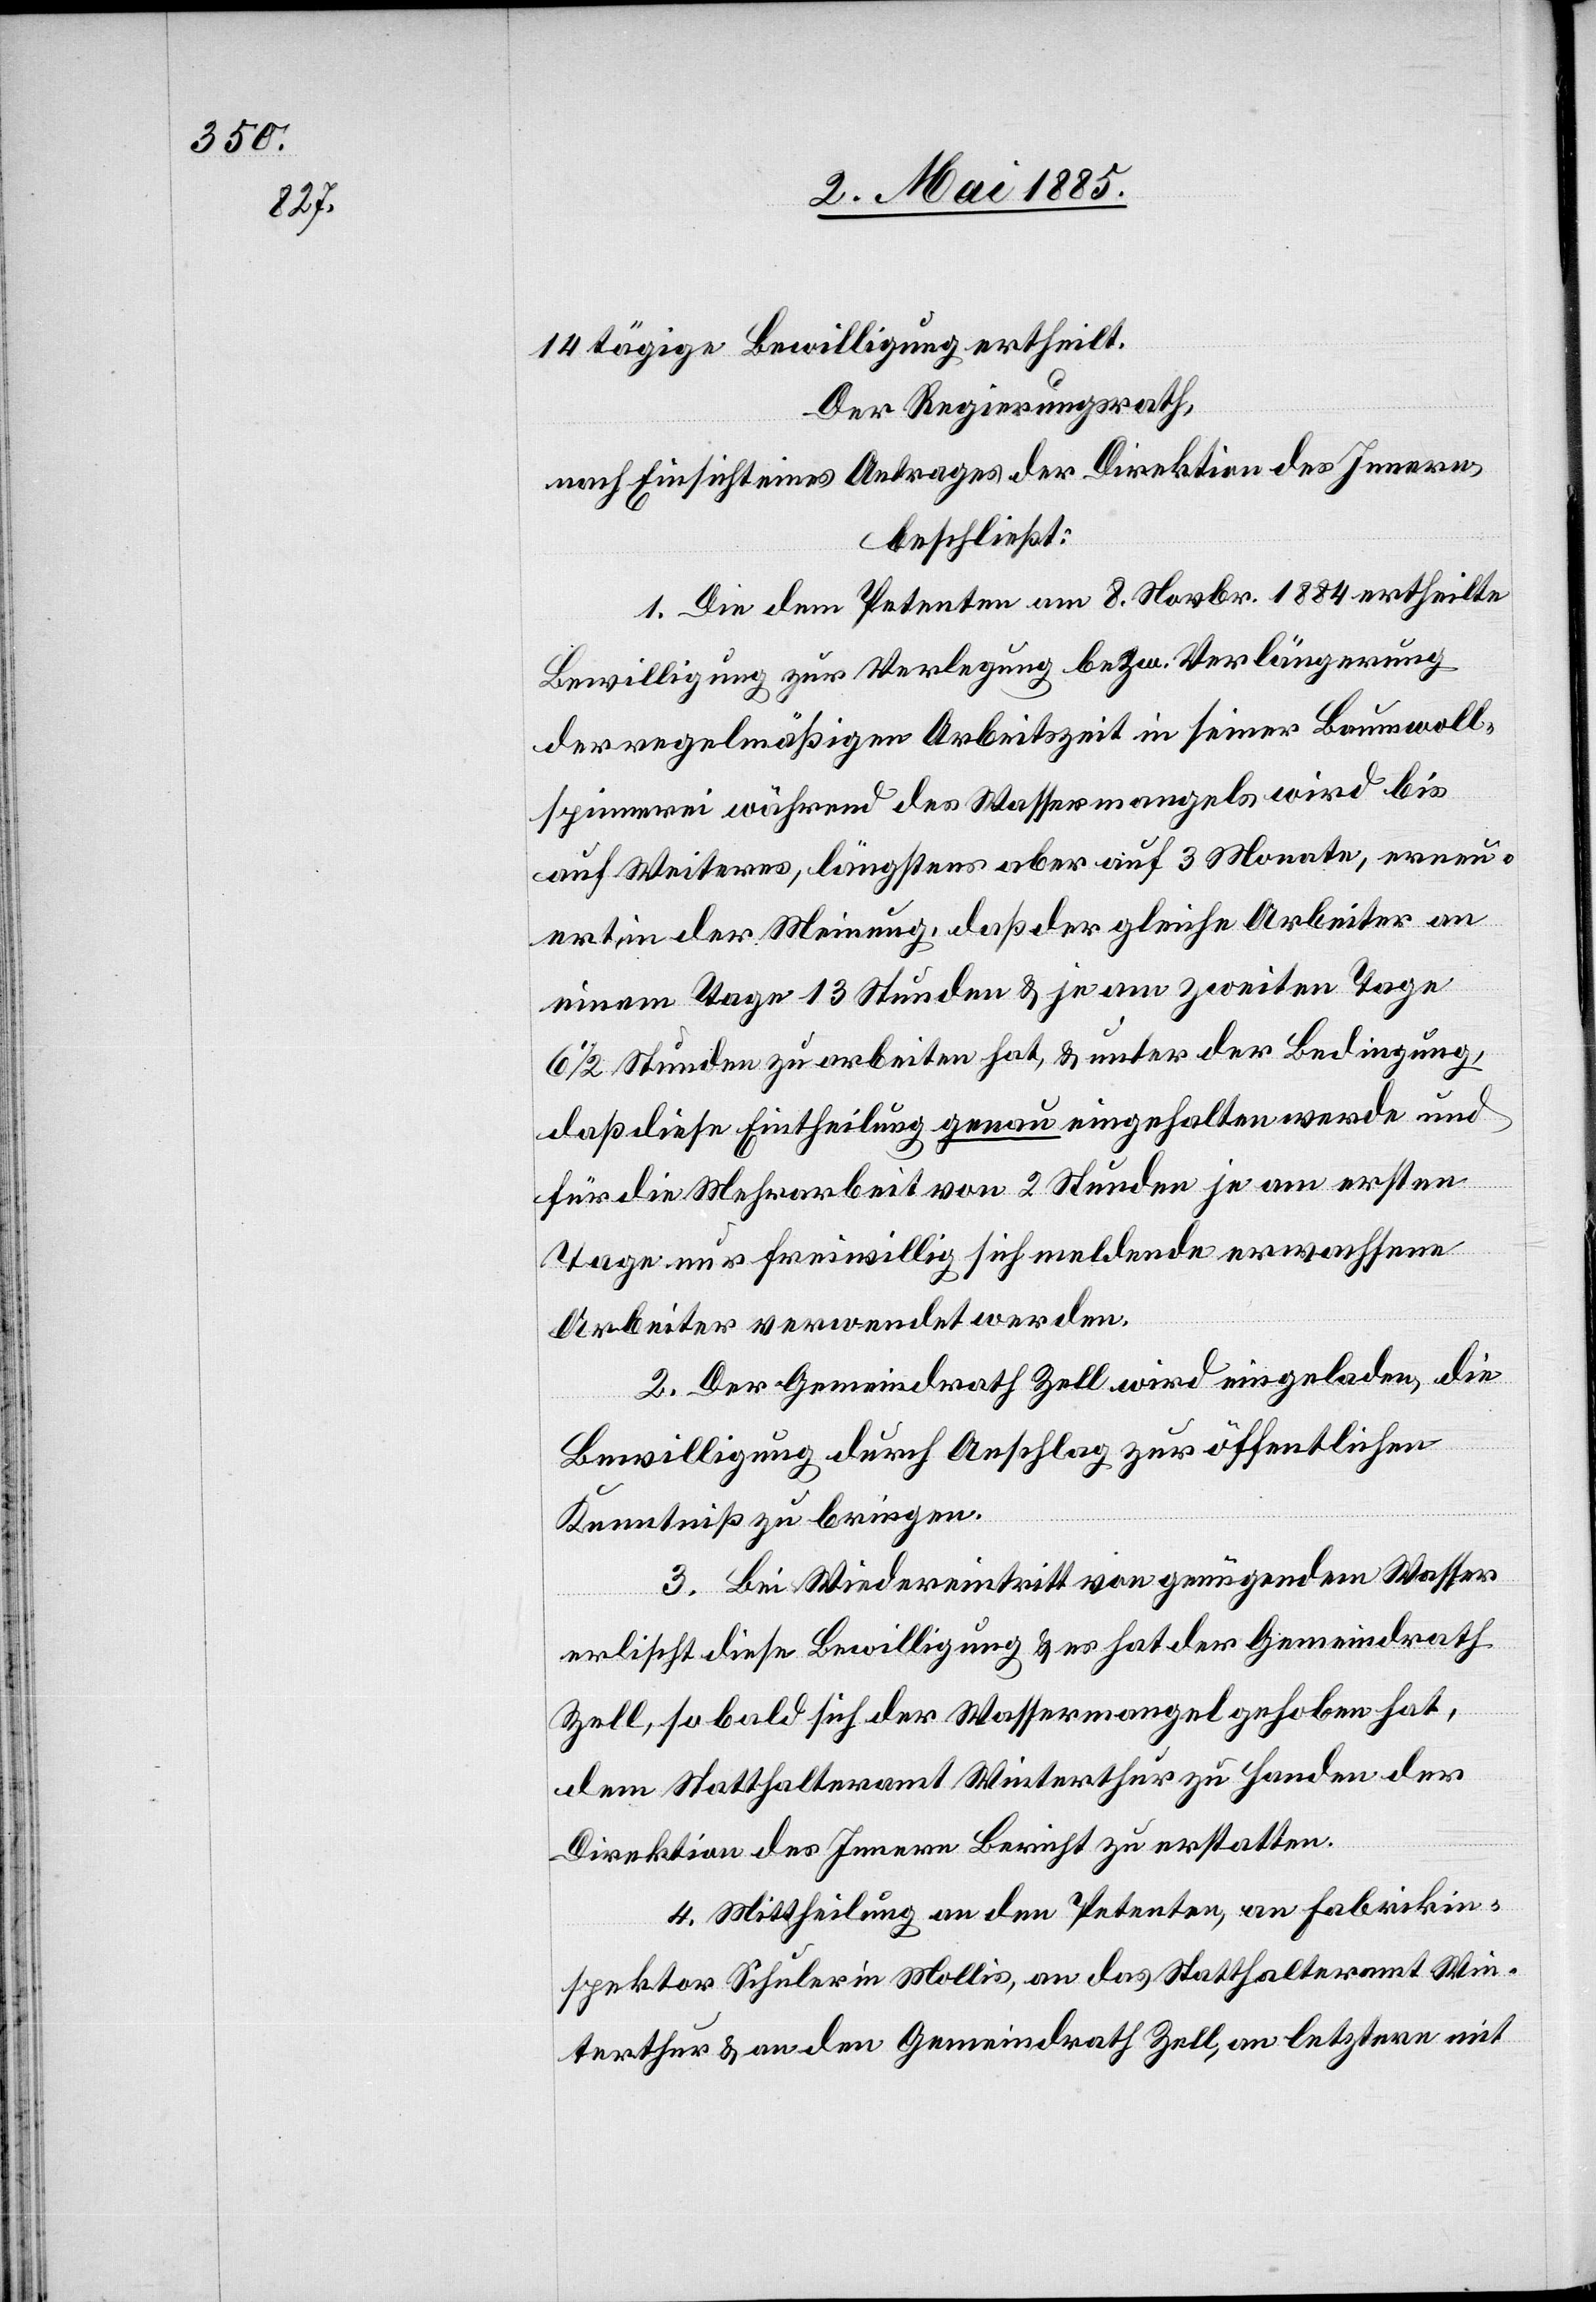
14tägige Bewilligung ertheilt.
Der Regierungsrath,
nach Einsicht eines Antrages der Direktion des Innern,
beschließt:
1. Die dem Petenten am 8. Novbr. 1884 ertheilte
Bewilligung zur Verlegung bezw. Verlängerung
der regelmäßigen Arbeitszeit in seiner Baumwoll¬
spinnerei während des Wassermangels wird bis
auf Weiteres, längstens aber auf 3 Monate, erneu¬
ert, in der Meinung, daß der gleiche Arbeiter an
einem Tage 13 Stunden & je am zweiten Tage
6 1/2 Stunden zu arbeiten hat, & unter der Bedingung,
daß diese Eintheilung genau eingehalten werde und
für die Mehrarbeit von 2 Stunden je am ersten
Tage nur freiwillig sich meldende erwachsene
Arbeiter verwendet werden.
2. Der Gemeindrath Zell wird eingeladen, die
Bewilligung durch Anschlag zur öffentlichen
Kenntniß zu bringen.
3. Bei Wiedereintritt von genügendem Wasser
erlischt diese Bewilligung & es hat der Gemeindrath
Zell, so bald sich der Wassermangel gehoben hat,
dem Statthalteramt Winterthur zu Handen der
Direktion des Innern Bericht zu erstatten.
4. Mittheilung an den Petenten, an Fabrikin¬
spektor Schuler in Mollis, an das Statthalteramt Win¬
terthur & an den Gemeindrath Zell, an letztern mit